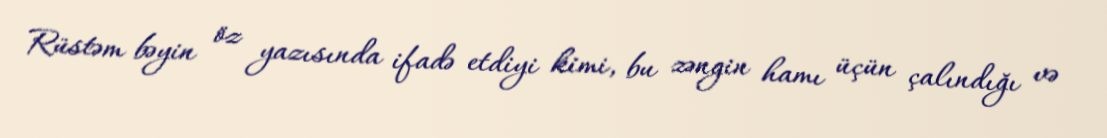
Rüstəm bəyin öz yazısında ifadə etdiyi kimi, bu zəngin hamı üçün çalındığı və